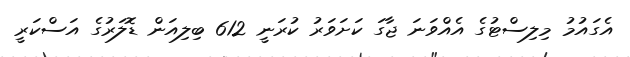
އެގައުމު މިލިސްޓުގެ އެއްވަނަ ޖާގަ ކަށަވަރު ކުރަނީ 612 ބިލިއަން ޑޮލަރުގެ އަސްކަރީ